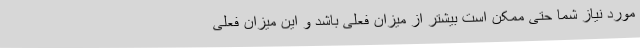
مورد نیاز شما حتی ممکن است بیشتر از میزان فعلی باشد و این میزان فعلی